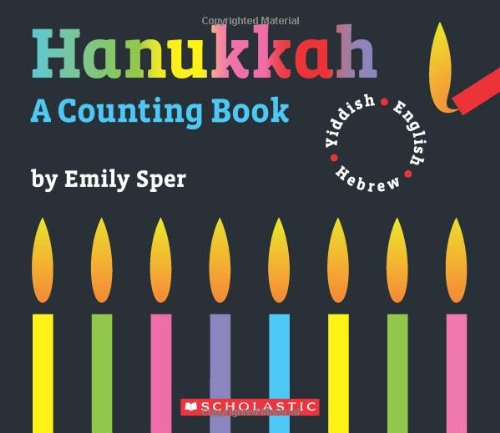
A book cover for Hanukkah: A Counting Book; Emily Sper; Children's Books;